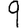
Digit: 9